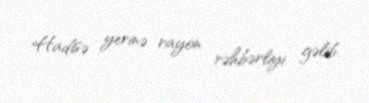
Hadisə yerinə rayon rəhbərliyi gəlib.